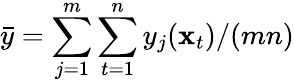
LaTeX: \bar{y}=\sum_{j=1}^{m}\sum_{t=1}^{n}y_{j}(\mathbf x_{t})/{(mn)}